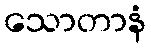
သောတာနံ